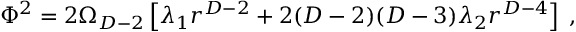
\Phi ^ { 2 } = 2 \Omega _ { D - 2 } \left[ \lambda _ { 1 } r ^ { D - 2 } + 2 ( D - 2 ) ( D - 3 ) \lambda _ { 2 } r ^ { D - 4 } \right] \; ,